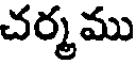
చర్మము